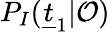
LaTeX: P_{I}(\underline{{t}}_{1}|\mathcal{O})